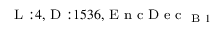
_ { \textrm { L } : 4 , \textrm { D } : 1 5 3 6 , \textrm { E n c D e c } _ { \textrm { B } 1 } }